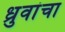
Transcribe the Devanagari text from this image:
ध्रुवांचा